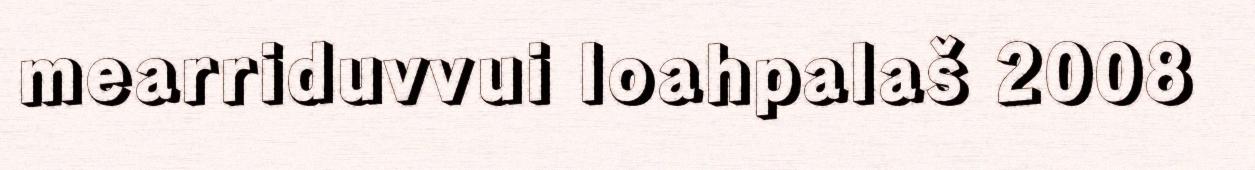
mearriduvvui loahpalaš 2008